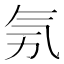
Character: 𣱗